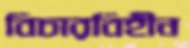
বিচারবিহীন